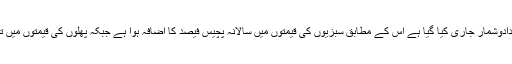
حکومت کی طرف سے جمعرات کوجو اعدادوشمار جاری کیا گیا ہے اس کے مطابق سبزیوں کی قیمتوں میں سالانہ پچیس فیصد کا اضافہ ہوا ہے جبکہ پھلوں کی قیمتوں میں تقریباً بارہ فیصد کا اضافہ درج کیا گیا ہے۔